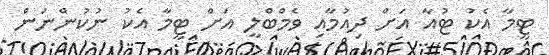
ޓީމާ އެކު ޓުއާ އަށް ދިއުމާއި ވެމްބްލީ އަށް ޓީމާ އެކު ނުކުންނަން